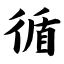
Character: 循